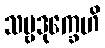
သဗ္ဗဒုက္ခေဟိ